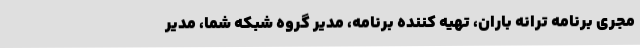
مجری برنامه ترانه باران، تهیه کننده برنامه، مدیر گروه شبکه شما، مدیر